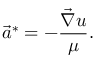
\vec { a } ^ { * } = - \frac { \vec { \nabla } u } { \mu } .